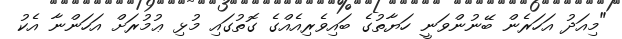
"މިއަދު އަހަރެން ބޭނުންވަނީ ހަޔާތުގެ ބައިވެރިއެއްގެ ގޮތުގައި މުޅި ޢުމުރަށް އަހަންނާ އެކު